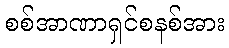
စစ်အာဏာရှင်စနစ်အား